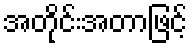
အတိုင်းအတာဖြင့်